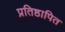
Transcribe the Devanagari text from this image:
प्रतिष्ठापित